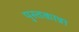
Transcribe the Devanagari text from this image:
पुस्तकान्ना